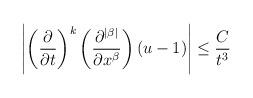
LaTeX: \begin{align*}\left|\left(\frac{\partial}{\partial t}\right)^k\left(\frac{\partial^{|\beta|}}{\partial x^\beta}\right)(u-1)\right|\leq \frac{C}{t^3}\end{align*}